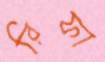
রিফা